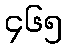
၄၆၅